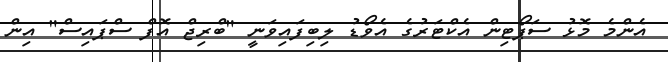
އެންމެ މޮޅު ސަޕޯޓިން އެކްޓަރުގެ އެވޯޑު ލިބިފައިވަނީ "ބްރިޖް އޮފް ސްޕައިސް" އިން